Indian journal of veterinary science and animal husbandry - Volume 12,
Year: 1942
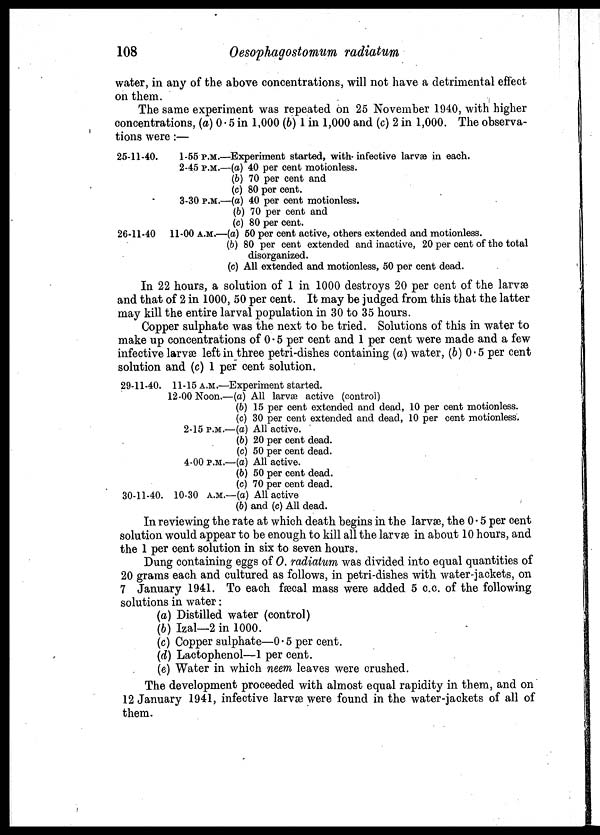
108
Oesophagostomum radiatum
water, in any of the above concentrations, will not have a detrimental effect
on them.
The same experiment was repeated on 25 November 1940, with higher
concentrations, (a) 0.5 in 1,000 (6) 1 in 1,000 and (c) 2 in 1,000. The observa-
tions were:—
25-11-40.
26-11-40
1-55 P.M.—
2-45 P.M.—
3-30 P.M.—
11-00 A.M.—
Experiment started, with- infective larvæ in each.
(a) 40 per cent motionless.
(b) 70 per cent and
(c) 80 per cent.
(a) 40 per cent motionless.
(b) 70 per cent and
(c) 80 per cent.
(a) 50 per cent active, others extended and motionless.
(b) 80 per cent extended and inactive, 20 per cent of the total
disorganized.
(c) All extended and motionless, 50 per cent dead.
In 22 hours, a solution of 1 in 1000 destroys 20 per cent of the larvæ
and that of 2 in 1000, 50 per cent. It may be judged from this that the latter
may kill the entire larval population in 30 to 35 hours.
Copper sulphate was the next to be tried. Solutions of this in water to
make up concentrations of 0 . 5 per cent and 1 per cent were made and a few
infective larvæ left in three petri-dishes containing (a) water, (b) 0.5 per cent
solution and (c) 1 per cent solution.
29-11-40.
30-11-40.
11-15 A.M.—Experiment started.
12-00 Noon.—
2-15 P.M.—
4-00 P.M.—
10-30 A.M.—
(a) All larvæ active (control)
(b) 15 per cent extended and dead, 10 per cent motionless.
(c) 30 per cent extended and dead, 10 per cent motionless.
(a) All active.
(b) 20 per cent dead.
(c) 50 per cent dead.
(a) All active.
(b) 50 per cent dead.
(c) 70 per cent dead.
(a) All active
(b) and (c) All dead.
In reviewing the rate at which death begins in the larvæ, the 0.5 per cent
solution would appear to be enough to kill all the larvæ in about 10 hours, and
the 1 per cent solution in six to seven hours.
Dung containing eggs of O. radiatum was divided into equal quantities of
20 grams each and cultured as follows, in petri-dishes with water-jackets, on
7 January 1941. To each fæcal mass were added 5 c.c. of the following
solutions in water:
(a) Distilled water (control)
(b) Izal—2 in 1000.
(c) Copper sulphate—0.5 per cent.
(d) Lactophenol—1 per cent.
(e) Water in which neem leaves were crushed.
The development proceeded with almost equal rapidity in them, and on
12 January 1941, infective larvæ were found in the water-jackets of all of
them.